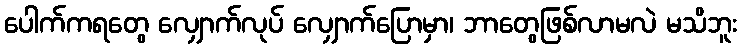
ပေါက်ကရတွေ လျှောက်လုပ် လျှောက်ပြောမှာ၊ ဘာတွေဖြစ်လာမလဲ မသိဘူး